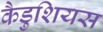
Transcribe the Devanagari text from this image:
कैडुशियस